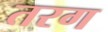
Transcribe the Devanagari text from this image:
तरग